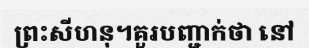
ព្រះសីហនុ។គួរបញ្ជាក់ថា នៅ